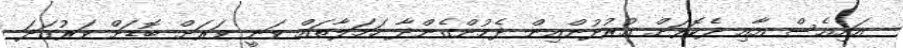
އައިއެސް އާއި ދެކޮޅަށް އުރުދުންއިން ދެމުންގެންދާ ހަމަލާތައް ވަނީ ވަރަށް ބޮޑަށް ވަރުގަދަ